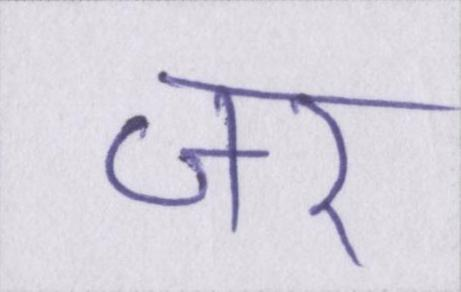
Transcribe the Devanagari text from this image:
जर